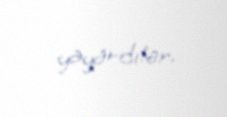
yayardılar.